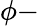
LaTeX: \phi-